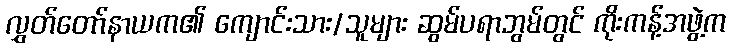
လွှတ်တော်နာယက၏ ကျောင်းသား/သူများ ဆွမ်ပရာဘွမ်တွင် ကိုးကန့်အဖွဲ့က